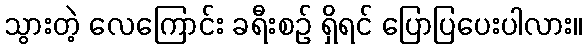
သွားတဲ့ လေကြောင်း ခရီးစဉ် ရှိရင် ပြောပြပေးပါလား။